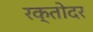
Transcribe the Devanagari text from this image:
रक्तोदर